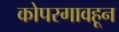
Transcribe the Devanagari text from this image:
कोपरगावहून